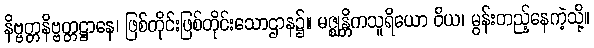
နိဗ္ဗတ္တနိဗ္ဗတ္တဋ္ဌာနေ၊ ဖြစ်တိုင်းဖြစ်တိုင်းသောဌာန၌။ မဇ္ဈန္တိကသူရိယော ဝိယ၊ မွန်းတည့်နေကဲ့သို့။